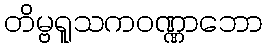
တိမ္ဗရူသကဝဏ္ဏာဘော